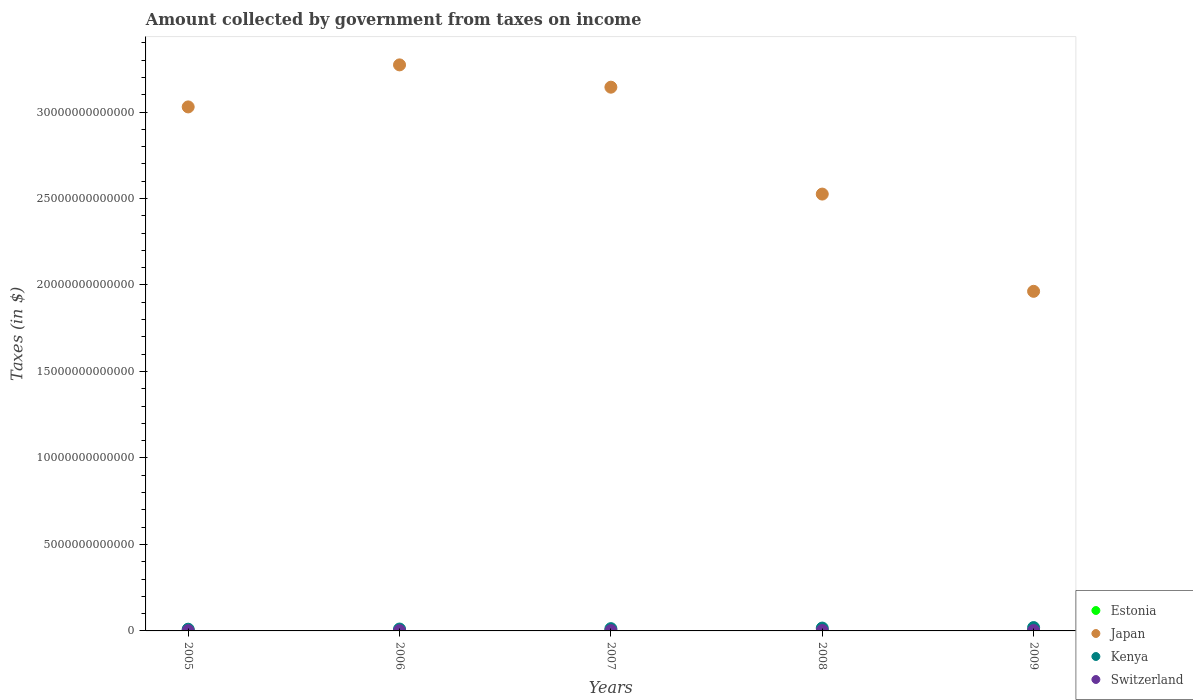
| Years | Estonia | Japan | Kenya | Switzerland |
 | --- | --- | --- | --- | --- |
 | 2005 | 3.75e+08 | 3.03e+13 | 9.93e+10 | 1.63e+10 |
 | 2006 | 4.46e+08 | 3.27e+13 | 1.09e+11 | 1.83e+10 |
 | 2007 | 5.67e+08 | 3.14e+13 | 1.31e+11 | 1.97e+10 |
 | 2008 | 5.43e+08 | 2.53e+13 | 1.65e+11 | 2.42e+10 |
 | 2009 | 4.11e+08 | 1.96e+13 | 1.94e+11 | 2.34e+10 |